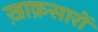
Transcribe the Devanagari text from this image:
ख़ाक़सारों